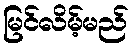
မြင်လိမ့်မည်